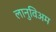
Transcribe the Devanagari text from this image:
लानुविअम